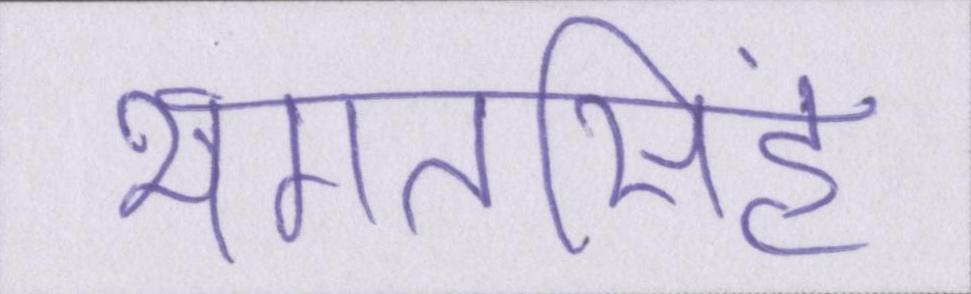
भगतसिंह